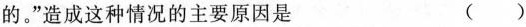
的。”造成这种情况的主要原因是 ()